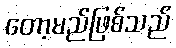
တော့မည်ဖြစ်သည်